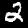
Digit: 2